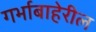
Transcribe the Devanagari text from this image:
गर्भाबाहेरील